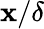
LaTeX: \mathbf{x}/\delta